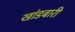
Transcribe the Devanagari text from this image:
खांडबारी